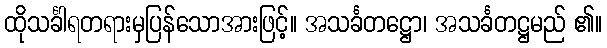
ထိုသင်္ခါရတရားမှပြန်သောအားဖြင့်။ အသင်္ခတဋ္ဌော၊ အသင်္ခတဋ္ဌမည် ၏။